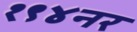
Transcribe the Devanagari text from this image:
१९४नर